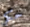
حكم